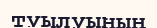
туылуының